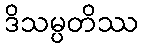
ဒိသမ္ပတိဿ